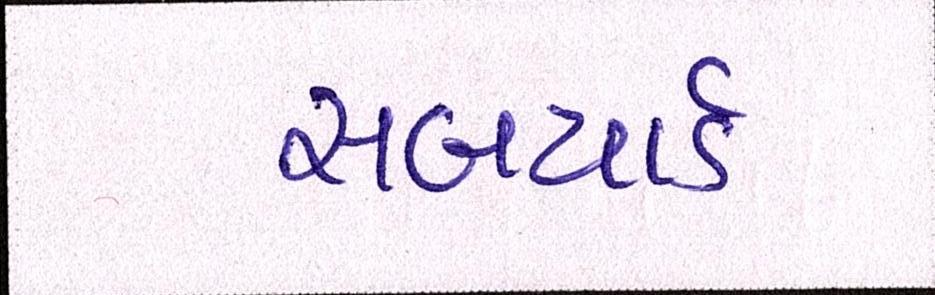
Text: સબયાર્ડ